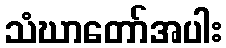
သံဃာတော်အပါး